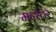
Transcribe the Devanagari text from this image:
मन्स्टर